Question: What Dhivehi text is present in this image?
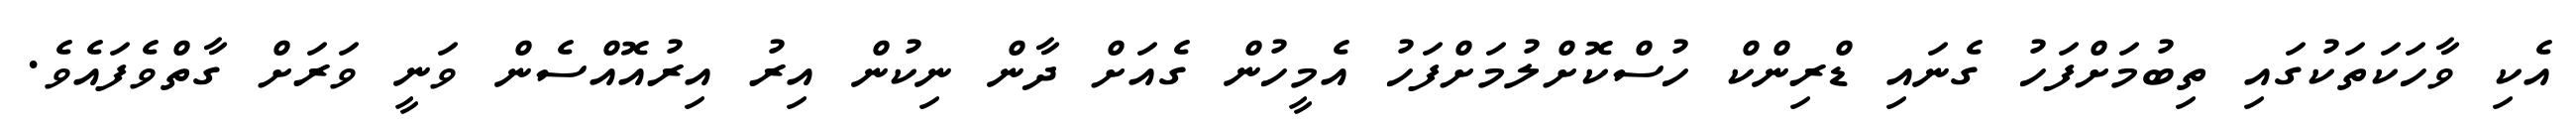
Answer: އެކި ވާހަކަތަކުގައި ތިބުމަށްފަހު ގެނައި ޑްރިންކް ހުސްކޮށްލުމަށްފަހު އެމީހުން ގެއަށް ދާން ނިކުން އިރު އިރުއޮއްސެން ވަނީ ވަރަށް ގާތްވެފައެވެ.